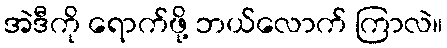
အဲဒီကို ရောက်ဖို့ ဘယ်လောက် ကြာလဲ။